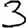
Digit: 3